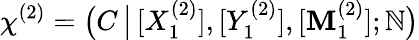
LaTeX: \chi^{(2)}=\big(C\, \big|\, [X_{1}^{(2)}],[Y_{1}^{(2)}],[\mathbf{M}_{1}^{(2)}];\mathbb{N}\big)